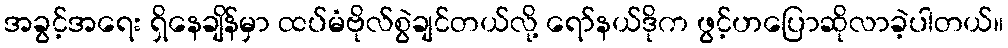
အခွင့်အရေး ရှိနေချိန်မှာ ထပ်မံဗိုလ်စွဲချင်တယ်လို့ ရော်နယ်ဒိုက ဖွင့်ဟပြောဆိုလာခဲ့ပါတယ်။